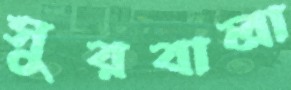
সুরবালা